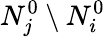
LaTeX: N_{j}^{0}\setminus N_{i}^{0}